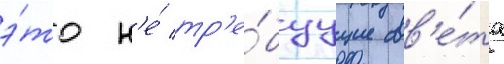
э́то н'е́ тр'е́буущие св'е́та